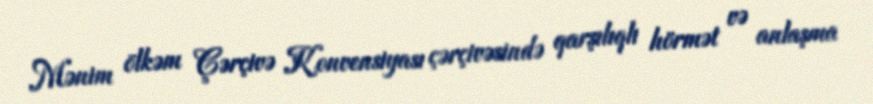
Mənim ölkəm Çərçivə Konvensiyası çərçivəsində qarşılıqlı hörmət və anlaşma